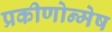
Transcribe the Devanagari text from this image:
प्रकीणोन्मेष